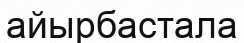
айырбастала